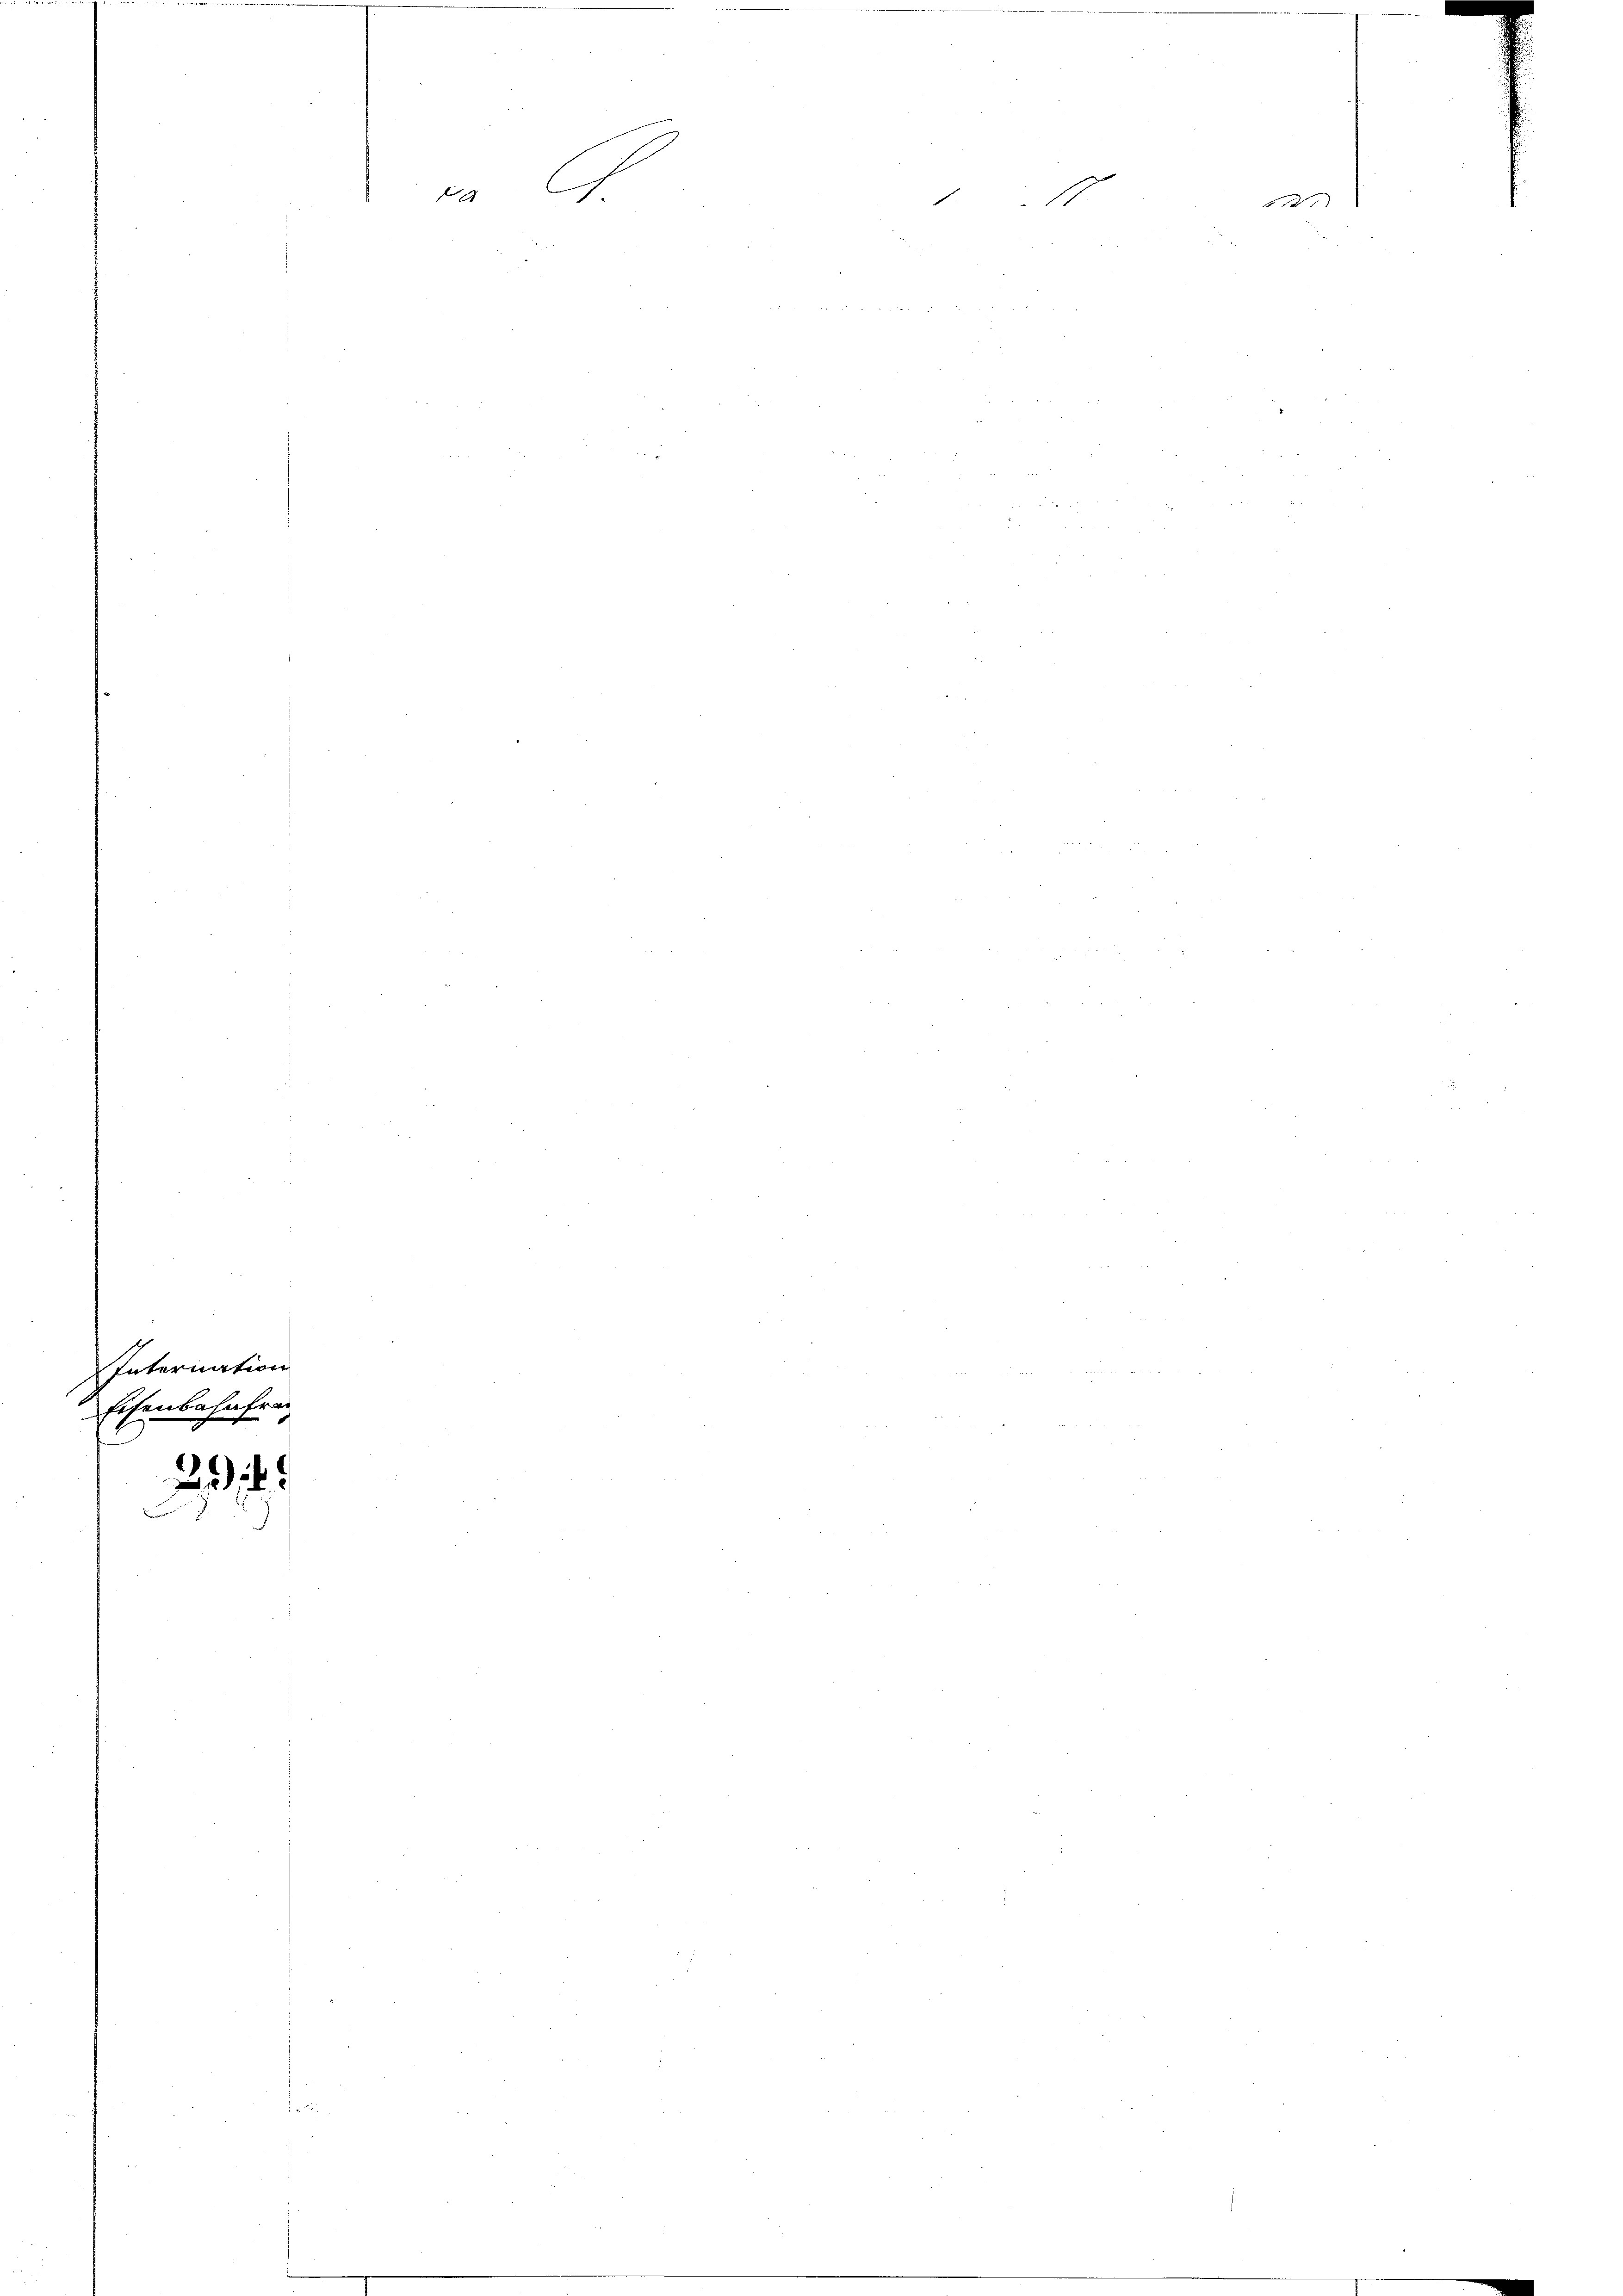
Internation
Eisenbefahren

2.

ka

1